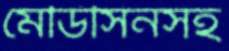
মেডিসিনসহ